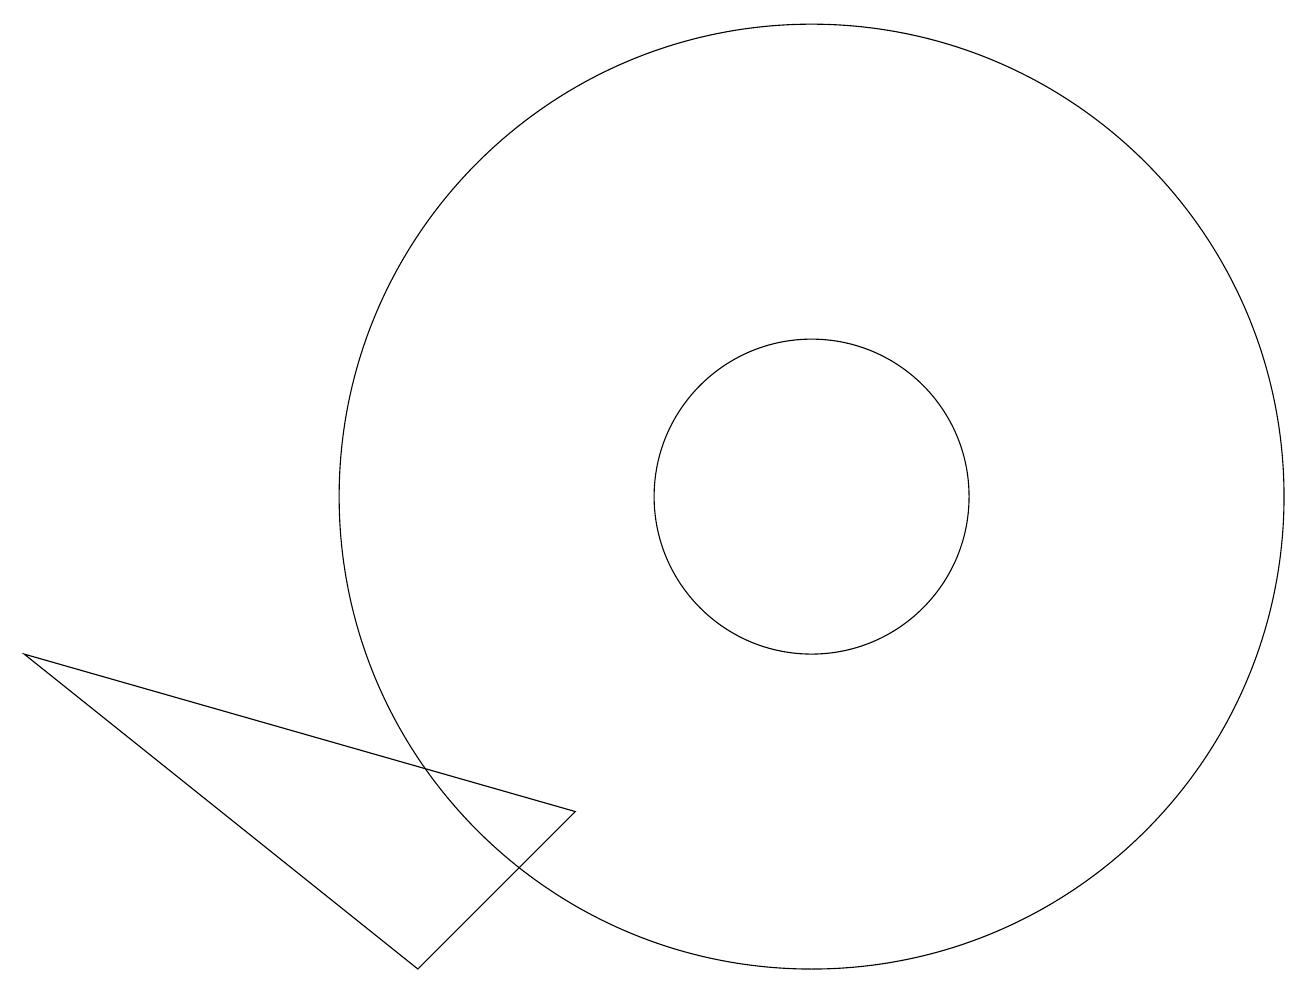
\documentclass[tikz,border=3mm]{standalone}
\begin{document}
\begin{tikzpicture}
\draw (8,6) -- (6,4) -- (1,8) -- cycle;
\draw (11,10) circle (6);
\draw (11,10) circle (2);
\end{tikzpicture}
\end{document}